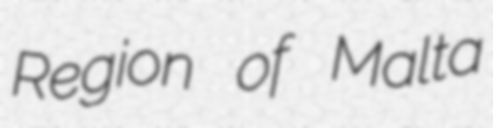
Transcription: Region of Malta